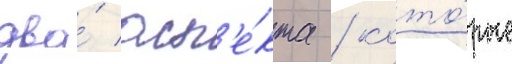
два́ асп'е́кта / кото́рые